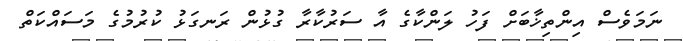
ނަމަވެސް އިންތިޚާބަށް ފަހު ލަންކާގެ އާ ސަރުކާރާ ގުޅުން ރަނގަޅު ކުރުމުގެ މަސައްކަތް